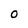
Character: O